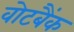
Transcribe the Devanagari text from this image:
वोटबैंक